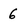
Character: 6